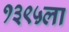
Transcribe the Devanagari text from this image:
१३९५ला